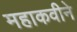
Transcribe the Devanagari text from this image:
महाकवीने